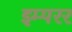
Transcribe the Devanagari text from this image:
इम्परर